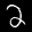
Label: 2